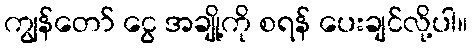
ကျွန်တော် ငွေ အချို့ကို စရန် ပေးချင်လို့ပါ။